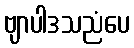
ဗျာပါဒသညံပေ